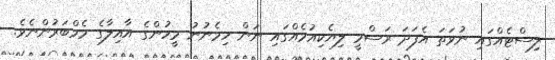
ލިސްޓެއްގައި ނުވަތަ އެފަދަ ރަސްމީ ލިޔެކިއުމެއްގައި ނަން ހިމެނުނު މީހުންގެ އާއިލާގެ މެމްބަރުންނެވެ.